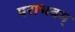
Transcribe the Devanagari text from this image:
पराभवम्‌